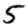
Digit: 5